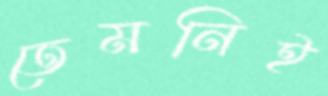
তেমনিই